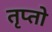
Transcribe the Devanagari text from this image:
तृप्तो